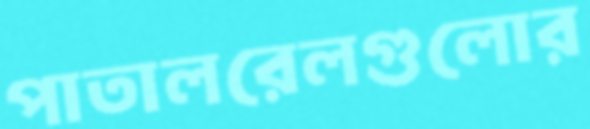
পাতালরেলগুলোর